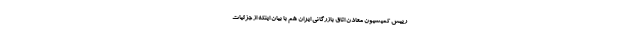
رییس کمیسیون معادن اتاق بازرگانی ایران هم با بیان اینکه از جزئیات